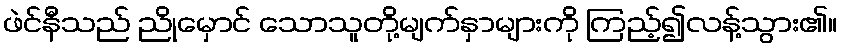
ဖဲင်နီသည် ညိုမှောင် သောသူတို့မျက်နှာများကို ကြည့်၍လန့်သွား၏။